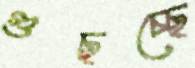
গুছচ্ছে